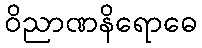
ဝိညာဏနိရောဓေ